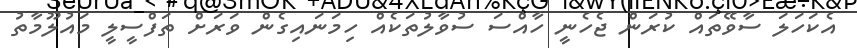
އެކަހަލަ ސާވޭތައް ކުރަން ޖެހެނީ ހާއްސަ ސުވާލުތަކެއް ހިމަނައިގެން ވަރަށް ތަފްސީލީ މައުލޫމާތު